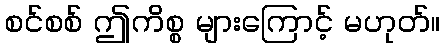
စင်စစ် ဤကိစ္စ များကြောင့် မဟုတ်။